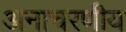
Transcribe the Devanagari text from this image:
अनाचरणीय